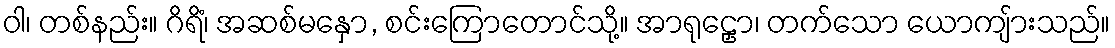
ဝါ၊ တစ်နည်း။ ဂိရိံ၊ အဆစ်မနှော, စင်းကြောတောင်သို့။ အာရုဠှော၊ တက်သော ယောကျ်ားသည်။